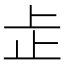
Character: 𬅸